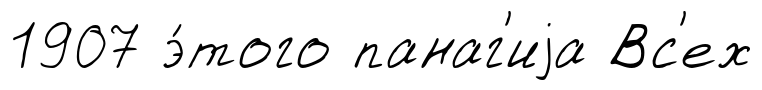
1907 э́того панаг'иjа Вс'ех